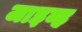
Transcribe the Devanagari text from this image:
जाइव्ह